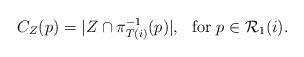
LaTeX: \begin{align*}C_{Z}(p) = | Z \cap \pi_{T(i)}^{-1}(p) |, \ \mbox{ for } p\in \mathcal{R}_{1}(i).\end{align*}